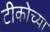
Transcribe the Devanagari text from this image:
टीकोच्या